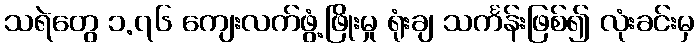
သရဲတွေ ၁.၇၆ ကျေးလက်ဖွံ့ဖြိုးမှု ရုံးချ သင်္ကန်းဖြစ်၍ လုံးခင်းမှ